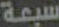
سبعة